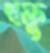
শক্তু